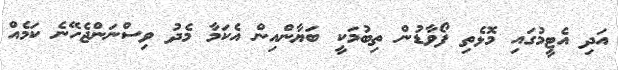
އަދި އެޓީމުގައި މޮޅެތި ފޯވާޑުން ތިބުމަކީ ބަޔާންއިން އެކަމާ މެދު ވިސްނަންޖެހޭނެ ކަމެއް